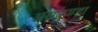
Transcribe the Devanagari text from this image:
असकुण्डा